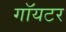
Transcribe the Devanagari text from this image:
गॉयटर